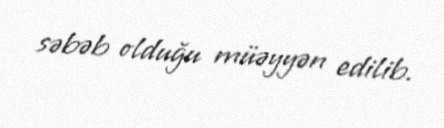
səbəb olduğu müəyyən edilib.